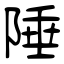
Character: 陲